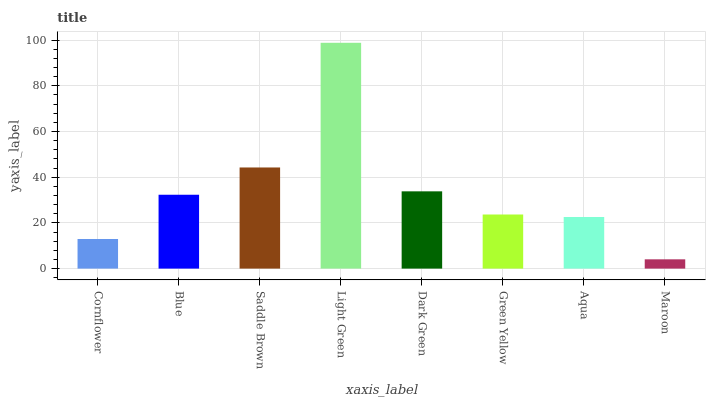
| xaxis_label | bars |
 | --- | --- |
 | Cornflower | 13 |
 | Blue | 32.3 |
 | Saddle Brown | 44.2 |
 | Light Green | 98.8 |
 | Dark Green | 33.8 |
 | Green Yellow | 23.7 |
 | Aqua | 22.6 |
 | Maroon | 4.06 |